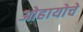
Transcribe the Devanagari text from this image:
ओहायोचे